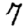
Digit: 7